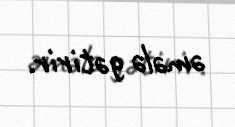
əmələ gətirir.